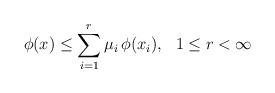
LaTeX: \begin{align*}\phi(x)\leq\sum\limits_{i=1}^r\mu_i\, \phi(x_i),\ \ 1\leq r<\infty\end{align*}